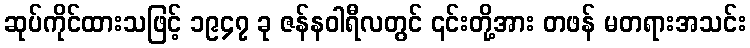
ဆုပ်ကိုင်ထားသဖြင့် ၁၉၄၇ ခု ဇန်နဝါရီလတွင် ၎င်းတို့အား တဖန် မတရားအသင်း